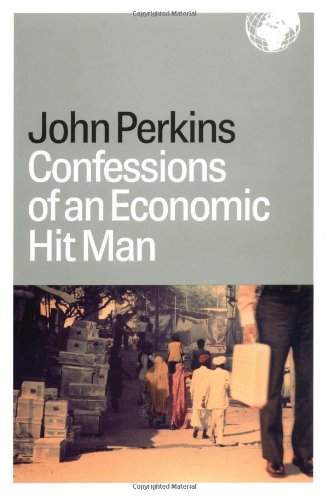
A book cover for Confessions of an Economic Hit Man; John Perkins; Business & Money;